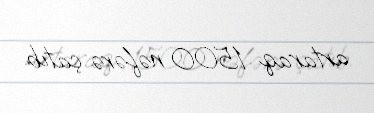
artaraq 1500 nəfərə çatıb.